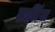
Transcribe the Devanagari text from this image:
लालिंगा